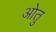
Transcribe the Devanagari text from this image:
ओतु